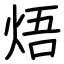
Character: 焐